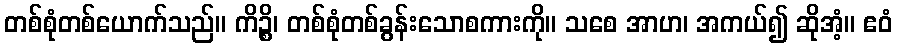
တစ်စုံတစ်ယောက်သည်။ ကိဉ္စိ၊ တစ်စုံတစ်ခွန်းသောစကားကို။ သစေ အာဟ၊ အကယ်၍ ဆိုအံ့။ ဧဝံ